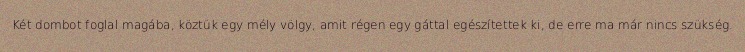
Két dombot foglal magába, köztük egy mély völgy, amit régen egy gáttal egészítettek ki, de erre ma már nincs szükség.